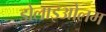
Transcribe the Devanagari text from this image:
डोलाइओलम